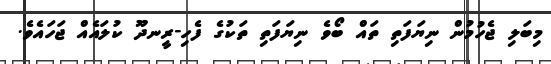
މިބަލި ޖެހުމުން ނިޔަފަތި ތައް ބޯވެ ނިޔަފަތި ތަކުގެ ފެހި-ރީނދޫ ކުލައެއް ޖަހައެވެ.